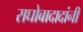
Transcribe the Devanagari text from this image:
राघोबादादांनी